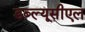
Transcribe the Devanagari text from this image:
डब्ल्यूसीएल